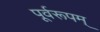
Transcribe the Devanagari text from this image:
पूर्वरूपम्